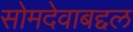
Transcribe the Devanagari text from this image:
सोमदेवाबद्दल